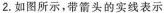
2.如图所示，带箭头的实线表示